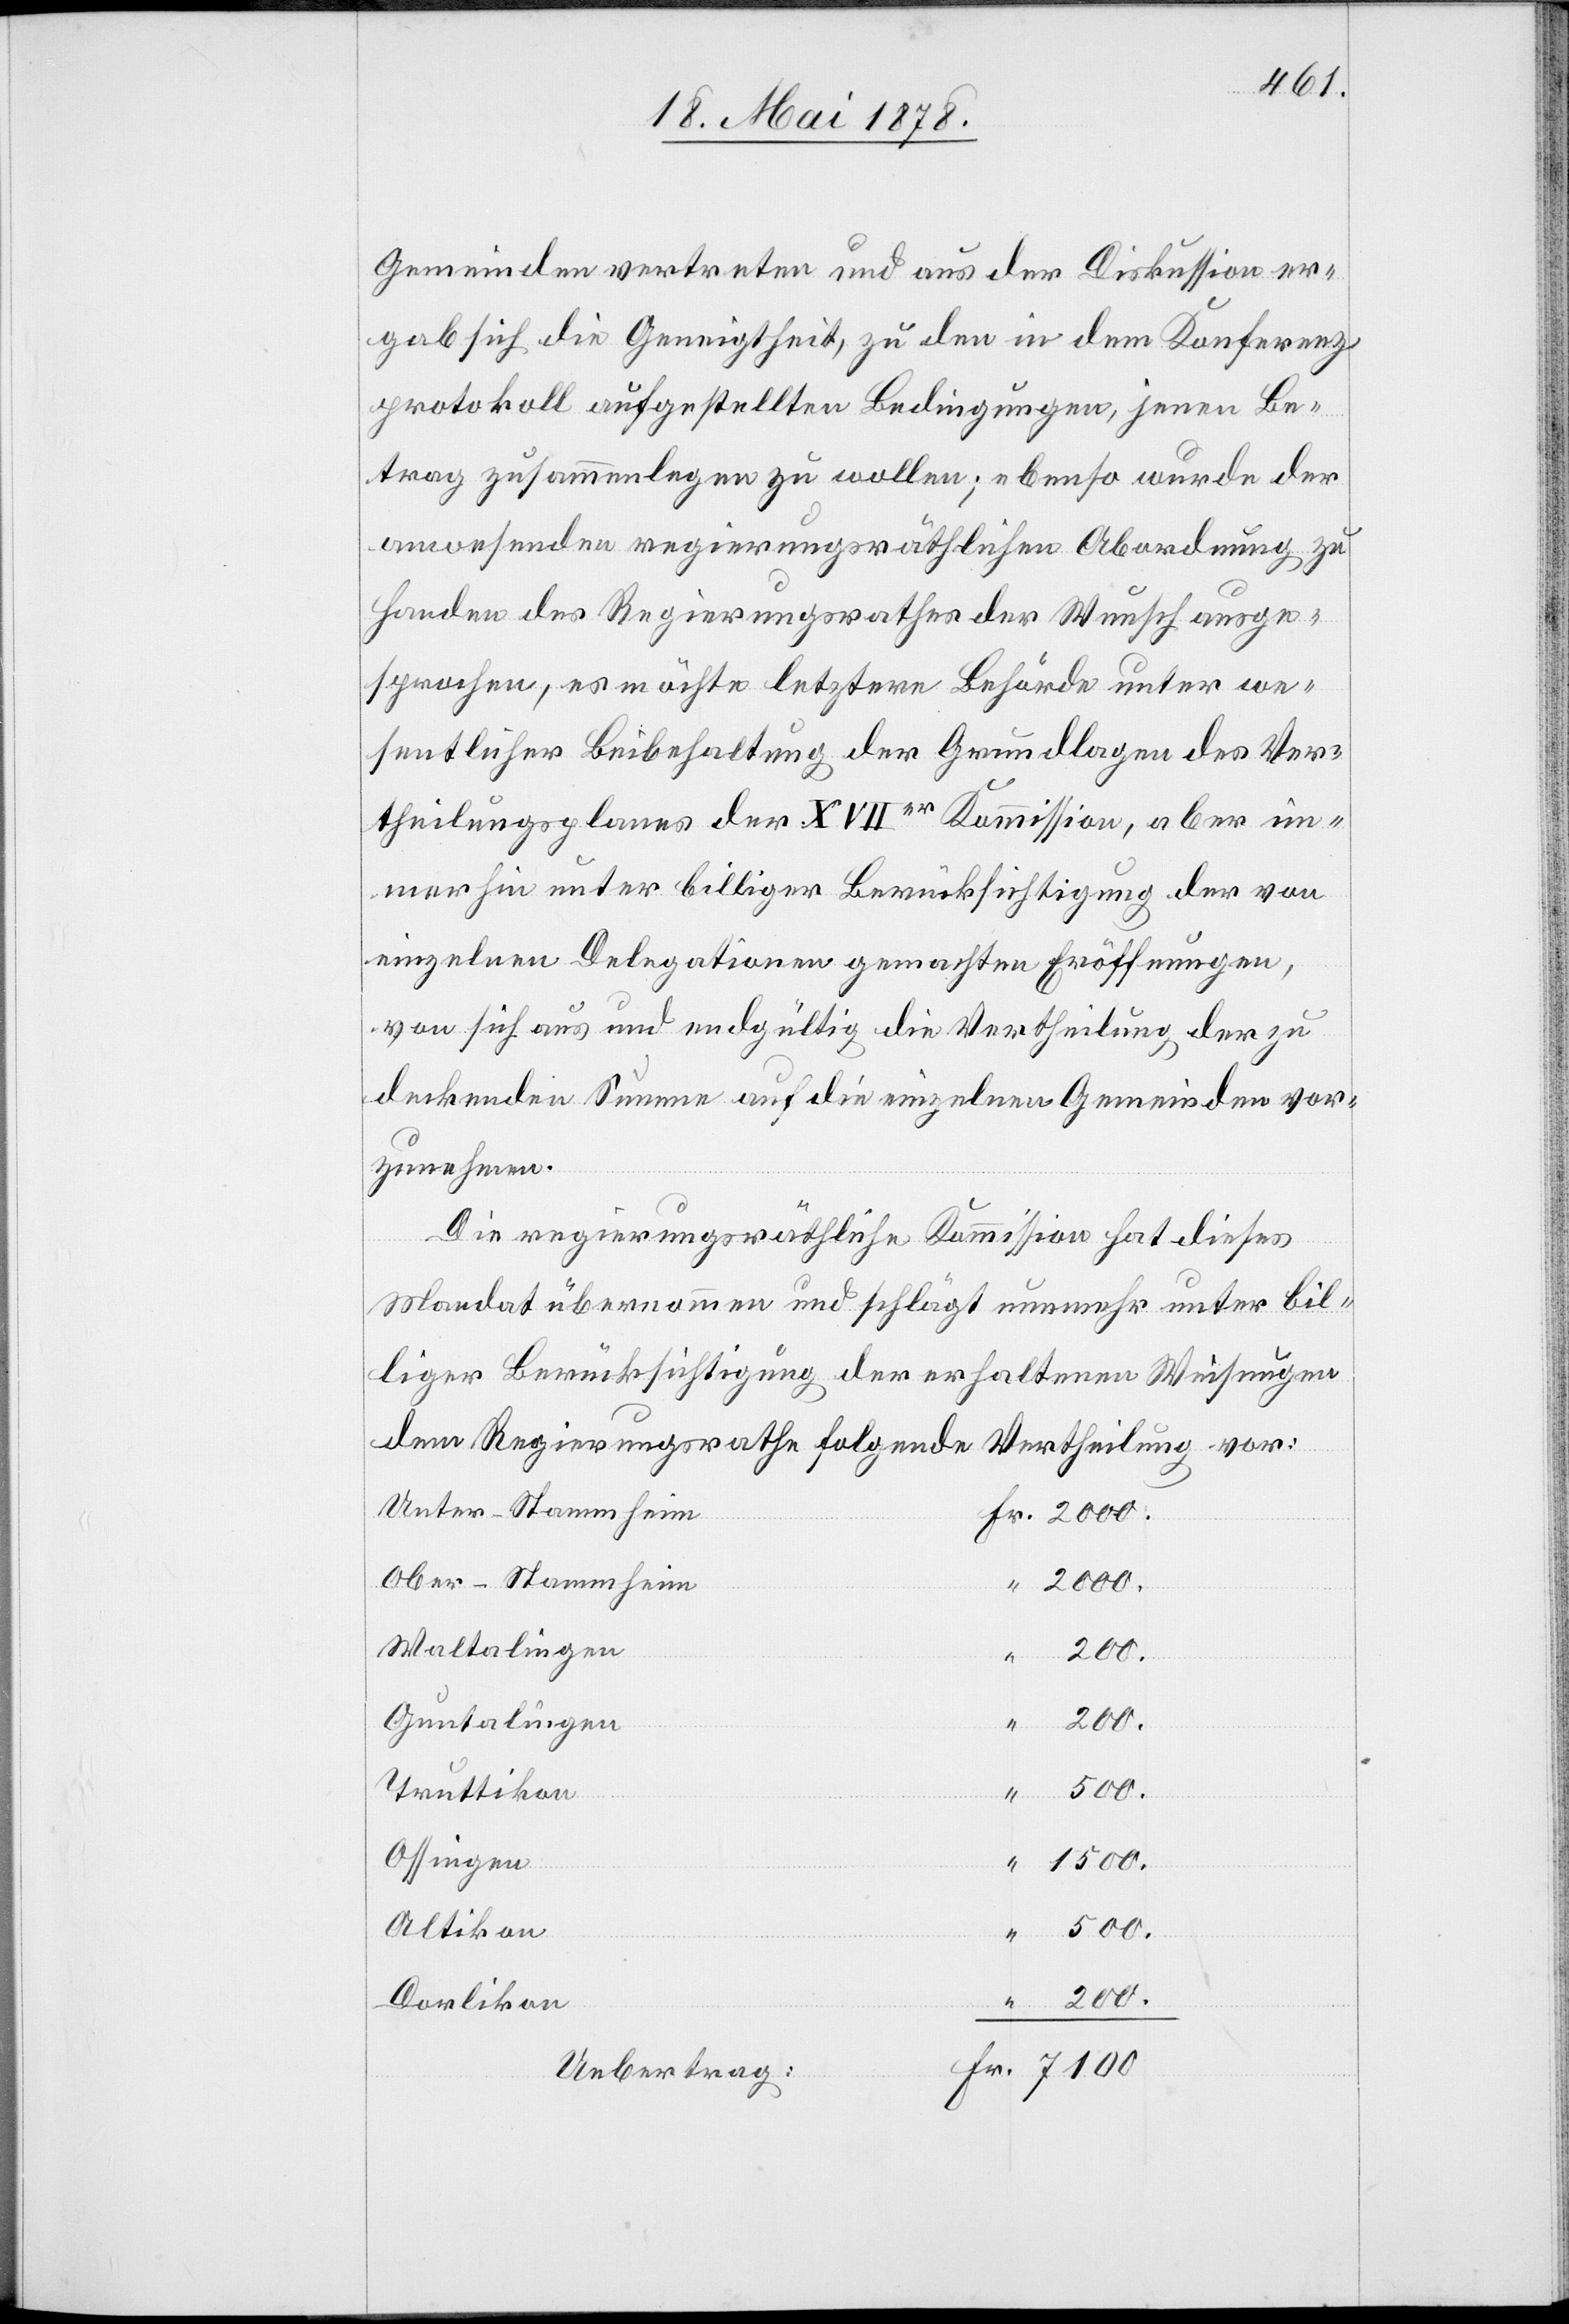
Gemeinden vertreten und aus der Diskussion er¬
gab sich die Geneigtheit, zu den in dem Konferenz¬
protokoll aufgestellten Bedingungen, jenen Be¬
trag zusammenlegen zu wollen; ebenso wurde der
anwesenden regierungsräthlichen Abordnung zu
Handen des Regierungsrathes der Wunsch ausge¬
sprochen, es möchte letztere Behörde unter we¬
sentlicher Beibehaltung der Grundlagen des Ver¬
theilungsplanes der XVIIer Kommission, aber im¬
merhin unter billiger Berücksichtigung der von
einzelnen Delegationen gemachten Eröffnungen,
von sich aus und endgültig die Vertheilung der zu
deckenden Summe auf die einzelnen Gemeinden vor¬
zunehmen.
“
Die regierungsräthliche Kommission hat dieses
Mandat übernommen und schlägt nunmehr unter bil¬
liger Berücksichtigung der erhaltenen Weichungen
dem Regierungsrathe folgende Vertheilung vor:
Unter-Stammheim
Ober-Stammheim
Waltalingen
200.
Guntalingen
7100.
Truttikon
500.
Ossingen
1500.
Altikon
500.
Dorlikon
200.
Uebertrag